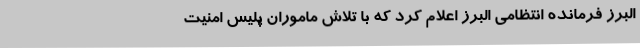
البرز فرمانده انتظامی البرز اعلام کرد که با تلاش ماموران پلیس امنیت